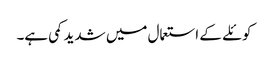
کوئلے کے استعمال میں شدید کمی ہے۔